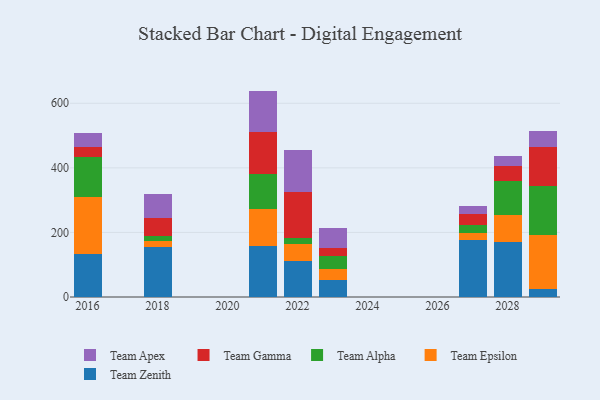
{"axis": {"x": "Year", "y": "Gross Profit (USD K)"}, "legend": ["Team Alpha", "Team Apex", "Team Epsilon", "Team Gamma", "Team Zenith"], "data": [{"x": "2018", "y": 155.3, "type": "Team Zenith"}, {"x": "2018", "y": 19.5, "type": "Team Epsilon"}, {"x": "2018", "y": 13.2, "type": "Team Alpha"}, {"x": "2018", "y": 56.7, "type": "Team Gamma"}, {"x": "2018", "y": 75.7, "type": "Team Apex"}, {"x": "2022", "y": 112.3, "type": "Team Zenith"}, {"x": "2022", "y": 52.3, "type": "Team Epsilon"}, {"x": "2022", "y": 18.5, "type": "Team Alpha"}, {"x": "2022", "y": 141.0, "type": "Team Gamma"}, {"x": "2022", "y": 130.1, "type": "Team Apex"}, {"x": "2023", "y": 51.2, "type": "Team Zenith"}, {"x": "2023", "y": 35.7, "type": "Team Epsilon"}, {"x": "2023", "y": 39.4, "type": "Team Alpha"}, {"x": "2023", "y": 24.7, "type": "Team Gamma"}, {"x": "2023", "y": 62.5, "type": "Team Apex"}, {"x": "2021", "y": 156.6, "type": "Team Zenith"}, {"x": "2021", "y": 116.7, "type": "Team Epsilon"}, {"x": "2021", "y": 107.9, "type": "Team Alpha"}, {"x": "2021", "y": 130.6, "type": "Team Gamma"}, {"x": "2021", "y": 126.7, "type": "Team Apex"}, {"x": "2027", "y": 175.8, "type": "Team Zenith"}, {"x": "2027", "y": 22.1, "type": "Team Epsilon"}, {"x": "2027", "y": 26.3, "type": "Team Alpha"}, {"x": "2027", "y": 33.3, "type": "Team Gamma"}, {"x": "2027", "y": 25.8, "type": "Team Apex"}, {"x": "2029", "y": 25.3, "type": "Team Zenith"}, {"x": "2029", "y": 166.0, "type": "Team Epsilon"}, {"x": "2029", "y": 153.2, "type": "Team Alpha"}, {"x": "2029", "y": 119.7, "type": "Team Gamma"}, {"x": "2029", "y": 51.0, "type": "Team Apex"}, {"x": "2028", "y": 171.4, "type": "Team Zenith"}, {"x": "2028", "y": 83.6, "type": "Team Epsilon"}, {"x": "2028", "y": 104.6, "type": "Team Alpha"}, {"x": "2028", "y": 46.3, "type": "Team Gamma"}, {"x": "2028", "y": 30.4, "type": "Team Apex"}, {"x": "2016", "y": 132.4, "type": "Team Zenith"}, {"x": "2016", "y": 177.4, "type": "Team Epsilon"}, {"x": "2016", "y": 125.3, "type": "Team Alpha"}, {"x": "2016", "y": 28.0, "type": "Team Gamma"}, {"x": "2016", "y": 44.1, "type": "Team Apex"}]}